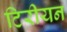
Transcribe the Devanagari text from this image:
टिरीयन